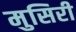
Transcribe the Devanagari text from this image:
मुसिरी